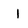
Character: I